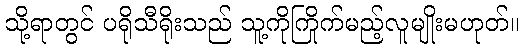
သို့ရာတွင် ပရိုသီရိုးသည် သူ့ကိုကြိုက်မည့်လူမျိုးမဟုတ်။